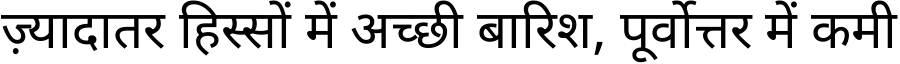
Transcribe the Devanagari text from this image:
ज़्यादातर हिस्सों में अच्छी बारिश, पूर्वोत्तर में कमी